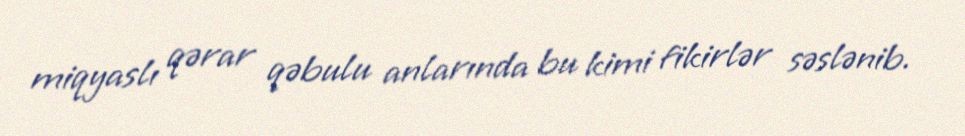
miqyaslı qərar qəbulu anlarında bu kimi fikirlər səslənib.